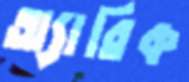
অ্যারিক